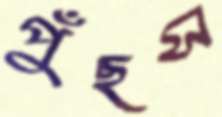
পুঁছস